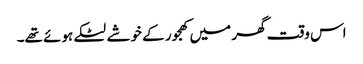
اس وقت گھر میں کھجور کے خوشے لٹکے ہوئے تھے۔